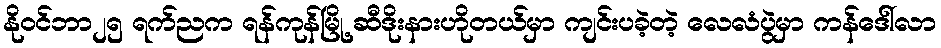
နိုဝင်ဘာ၂၅ ရက်ညက ရန်ကုန်မြို့ ဆီဒိုးနားဟိုတယ်မှာ ကျင်းပခဲ့တဲ့ လေလံပွဲမှာ ကန်ဒေါ်လာ